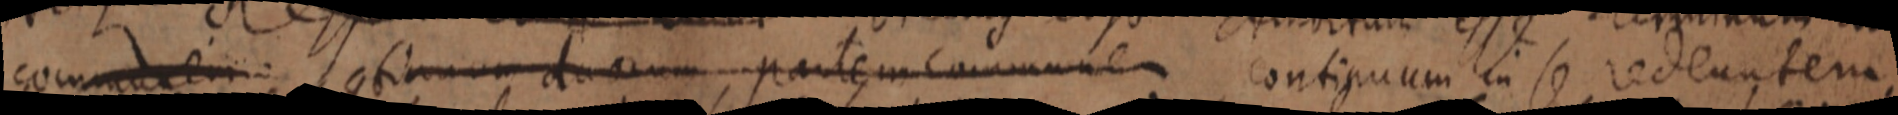
communem: continuum duorum partem communem continuum in se redeuntem